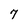
Character: 7